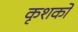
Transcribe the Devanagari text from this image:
कृशकों